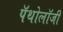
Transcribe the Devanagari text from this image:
पॅथोलॉजी